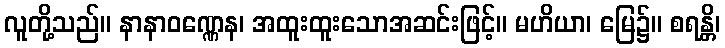
လူတို့သည်။ နာနာဝဏ္ဏေန၊ အထူးထူးသောအဆင်းဖြင့်။ မဟိယာ၊ မြေ၌။ စရန္တိ၊